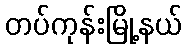
တပ်ကုန်းမြို့နယ်